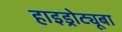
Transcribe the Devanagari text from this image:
हाइड्रोट्यूबा